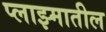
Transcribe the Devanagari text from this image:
प्लाझ्मातील